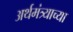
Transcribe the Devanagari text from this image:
अर्थमंत्र्याच्या